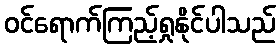
ဝင်ရောက်ကြည့်ရှုနိုင်ပါသည်